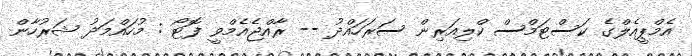
އެމްޕީއެލްގެ ކަސްޓަމްސް ކްލިއަރިން ސަރަހައްދު -- ރާއްޖެއެމްވީ ފޮޓޯ : މުހައްމަދު ޝަރުހާން